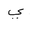
Letter: _ya